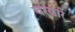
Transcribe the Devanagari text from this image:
चरणारे